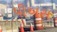
પીઅસ